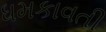
ધમકાવતી